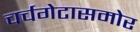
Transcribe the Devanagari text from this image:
चर्चगेटासमोर